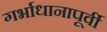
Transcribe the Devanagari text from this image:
गर्भाधानापूर्वी